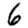
Digit: 6